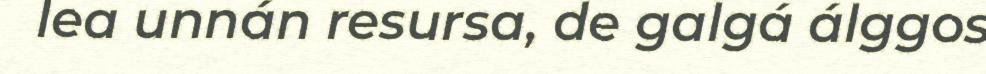
lea unnán resursa, de galgá álggos